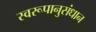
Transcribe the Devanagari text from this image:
स्वरूपानुसंधान